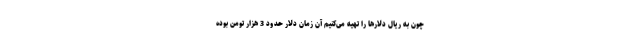
چون به ریال دلارها را تهیه می‌کنیم آن زمان دلار حدود 3 هزار تومن بوده